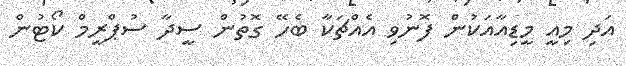
އަދި މިއީ މީޑިއާއަކުން ފޮނުވި އެއްޗަކާ ބެހޭ ގޮތުން ސީދާ ސުޕްރީމް ކޯޓުން